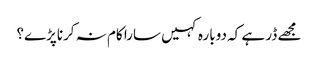
مجھے ڈر ہے کہ دوبارہ کہیں سارا کام نہ کرناپڑے؟